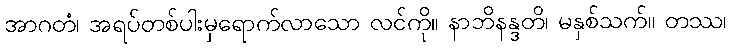
အာဂတံ၊ အရပ်တစ်ပါးမှရောက်လာသော လင်ကို။ နာဘိနန္ဒတိ၊ မနှစ်သက်။ တဿ၊